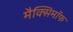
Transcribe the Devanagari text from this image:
मैक्सिमाॅफ